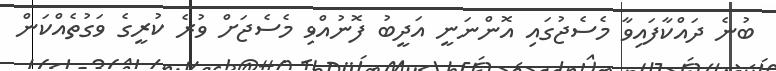
ބުނެ ދައްކާފައިވާ މެސެޖުގައި އޮންނަނީ އަދީބު ފޮނުއްވި މެސެޖަށް ވުރެ ކުރީގެ ވަގުތެއްކަން